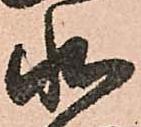
状